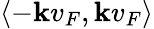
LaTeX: \langle-\mathbf{k}v_{F},\mathbf{k}v_{F}\rangle